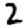
Digit: 2